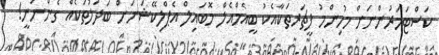
ކަސްޓަމަރުންނަށް މުހިންމު ފީޗަރތަކާއެކު ބީއެމްއެލް މޮބައިލް އެޕްލިކޭޝަނަށް ބަދަލުތަކެއް ގެންނަނީ!